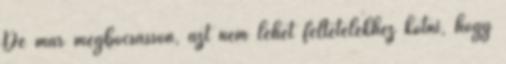
De már megbocsásson, azt nem lehet feltételekhez kötni, hogy